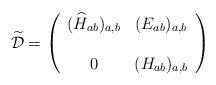
LaTeX: \begin{align*}{\mathcal{\widetilde D}}=\left(\begin{array}{cc}(\widehat{H}_{ab})_{a,b} &(E_{ab})_{a,b}\\ \\0&({H}_{ab})_{a,b}\end{array}\right)\end{align*}